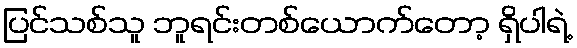
ပြင်သစ်သူ ဘူရင်းတစ်ယောက်တော့ ရှိပါရဲ့